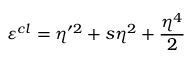
\varepsilon ^ { c l } = \eta ^ { \prime 2 } + s \eta ^ { 2 } + \frac { \eta ^ { 4 } } { 2 }